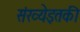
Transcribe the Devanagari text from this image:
संख्येइतकी